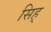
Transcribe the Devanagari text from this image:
सिह्